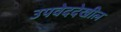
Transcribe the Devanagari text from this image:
उपवेददेखील